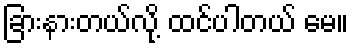
ခြားနားတယ်လို့ ထင်ပါတယ် မေ။